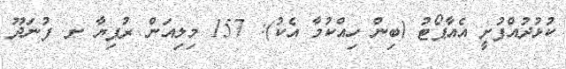
ކުޅުދުއްފުށީ އެއާޕޯޓު (ބިން ހިއްކުމާ އެކު): 157 މިލިއަން ރުފިޔާ ށ. ފުނަދޫ